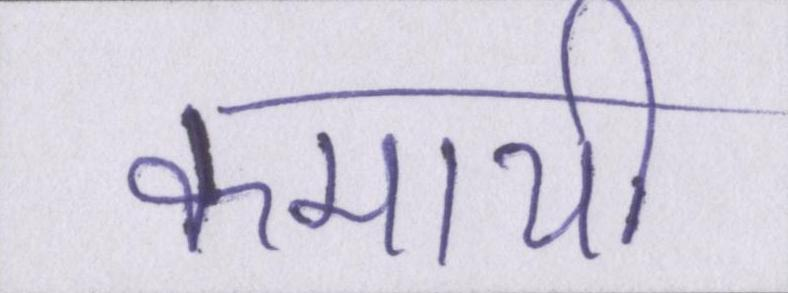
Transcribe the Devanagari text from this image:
कमायी